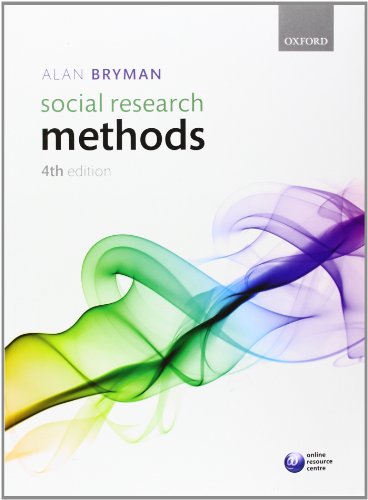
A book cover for Social Research Methods, 4th Edition; Alan Bryman; Politics & Social Sciences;